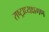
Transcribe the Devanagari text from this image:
राष्ट्राध्यक्षगण